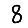
Digit: 8